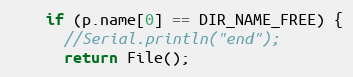
Language: C++
    if (p.name[0] == DIR_NAME_FREE) {
      //Serial.println("end");
      return File();